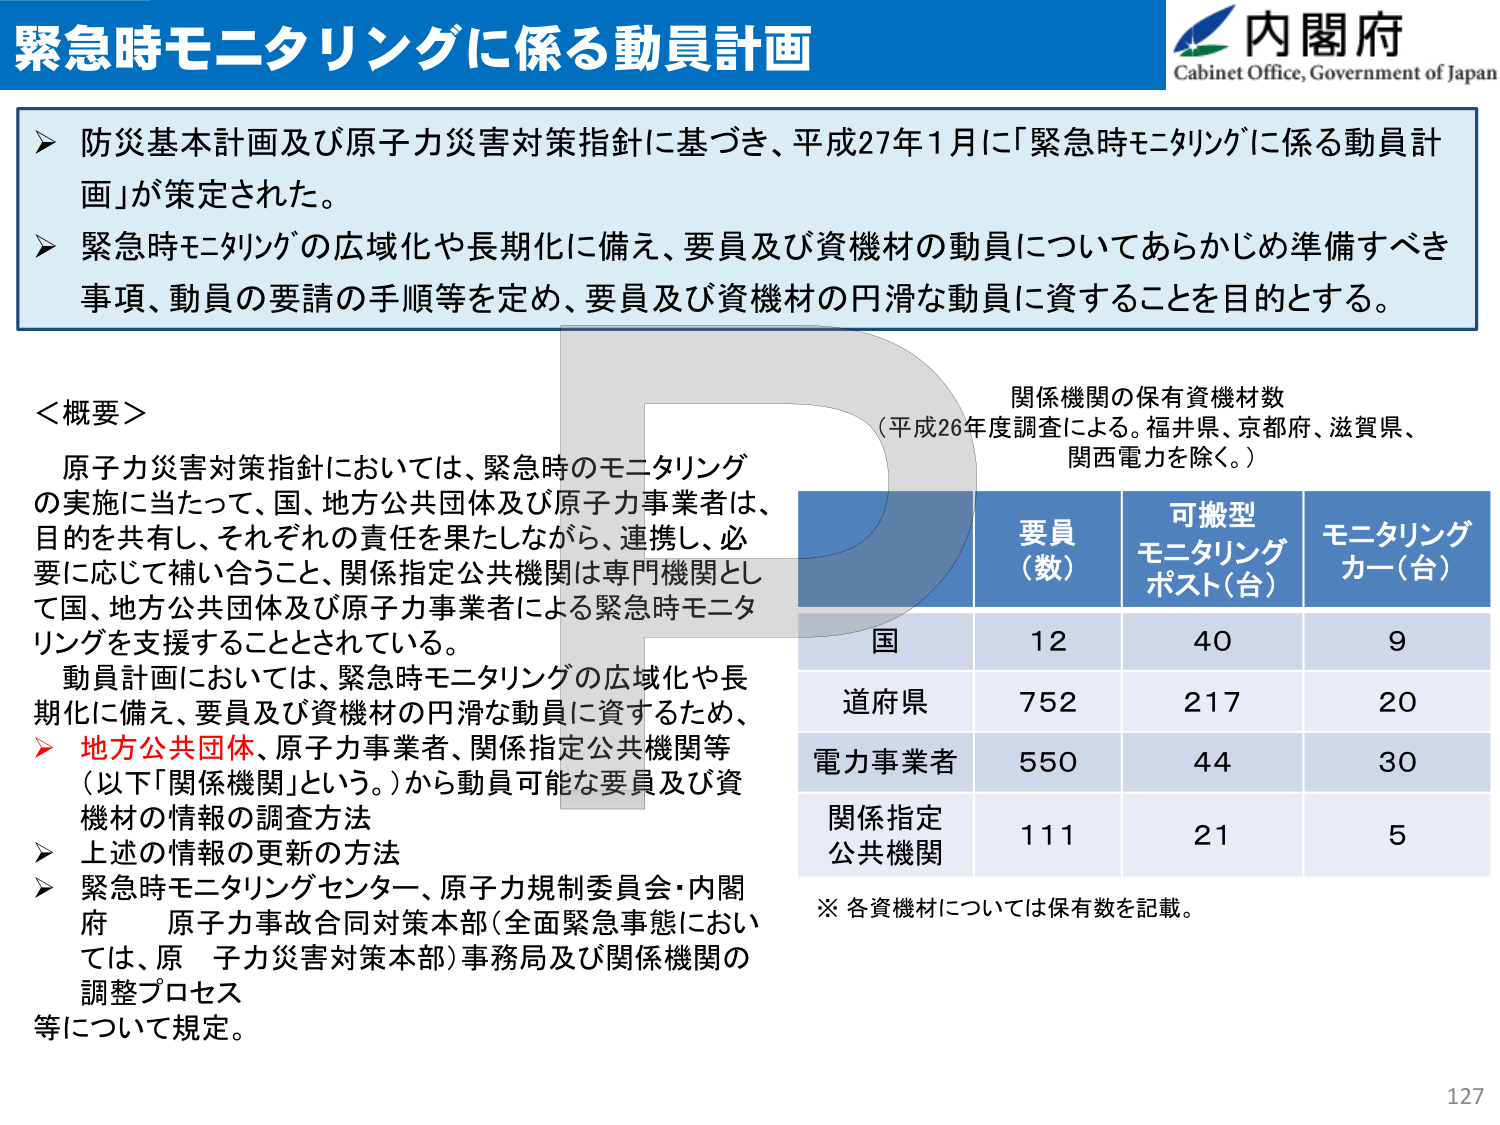
緊急時モニタリングに係る動員計画
内閣府
Cabinet Office, Government of Japan

➤ 防災基本計画及び原子力災害対策指針に基づき、平成27年1月に「緊急時モニタリングに係る動員計画」が策定された。
➤ 緊急時モニタリングの広域化や長期化に備え、要員及び資機材の動員についてあらかじめ準備すべき事項、動員の要請の手順等を定め、要員及び資機材の円滑な動員に資することを目的とする。

＜概要＞
原子力災害対策指針においては、緊急時のモニタリングの実施に当たって、国、地方公共団体及び原子力事業者は、目的を共有し、それぞれの責任を果たしながら、連携し、必要に応じて補い合うこと、関係指定公共機関は専門機関として国、地方公共団体及び原子力事業者による緊急時モニタリングを支援することとされている。
動員計画においては、緊急時モニタリングの広域化や長期化に備え、要員及び資機材の円滑な動員に資するため、
➤ 地方公共団体、原子力事業者、関係指定公共機関等（以下「関係機関」という。）から動員可能な要員及び資機材の情報の調査方法
➤ 上述の情報の更新の方法
➤ 緊急時モニタリングセンター、原子力規制委員会・内閣府 原子力事故合同対策本部（全面緊急事態においては、原子力災害対策本部）事務局及び関係機関の調整プロセス等について規定。

関係機関の保有資機材数
（平成26年度調査による。福井県、京都府、滋賀県、関西電力を除く。）

| | 要員（数） | 可搬型モニタリングポスト（台） | モニタリングカー（台） |
|---|---|---|---|
| 国 | 12 | 40 | 9 |
| 道府県 | 752 | 217 | 20 |
| 電力事業者 | 550 | 44 | 30 |
| 関係指定公共機関 | 111 | 21 | 5 |

※ 各資機材については保有数を記載。

127